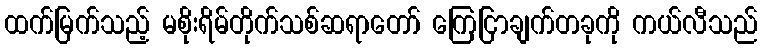
ထက်မြက်သည့် မစိုးရိမ်တိုက်သစ်ဆရာတော် ကြေငြာချက်တခုကို ကယ်လီသည်